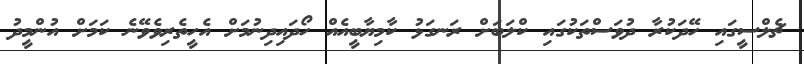
ޗެލްސީގައި ހޭދަކުރާ ދުވަސްތަކުގައި ކްލަބަށް ރަނގަޅު ކާމިޔާބީއެއް ހޯދައިދިނުމަށް އެހީތެރިވެވޭނެ ކަމަށް އުންމީދު